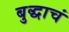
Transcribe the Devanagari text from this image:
बुद्धाचं